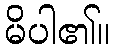
မိပါ၏။